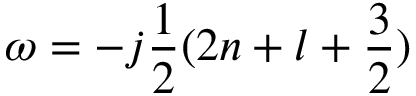
\omega = - j \frac { 1 } { 2 } ( 2 n + l + \frac { 3 } { 2 } )